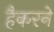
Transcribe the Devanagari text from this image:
हैकरने